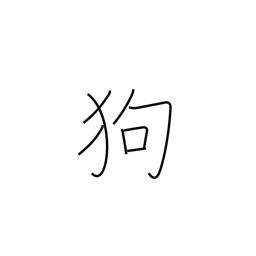
Meaning: dog